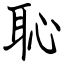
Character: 恥